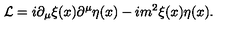
{ \cal L } = i \partial _ { \mu } \xi ( x ) \partial ^ { \mu } \eta ( x ) - i m ^ { 2 } \xi ( x ) \eta ( x ) .